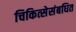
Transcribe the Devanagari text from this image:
चिकित्सेसंबधित